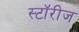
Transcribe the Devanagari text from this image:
स्टॉरीज